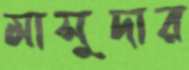
মাসুদার